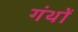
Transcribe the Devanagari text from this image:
गंथों